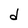
Character: d